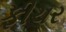
ફીચર